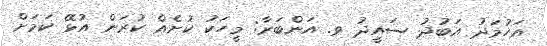
އަހުމަދު އަބުދު ސައީދު ވ. އަންބަރާ: މީހަކު ކުށެއް ކުރަން އުޅޭ ކަމަށް